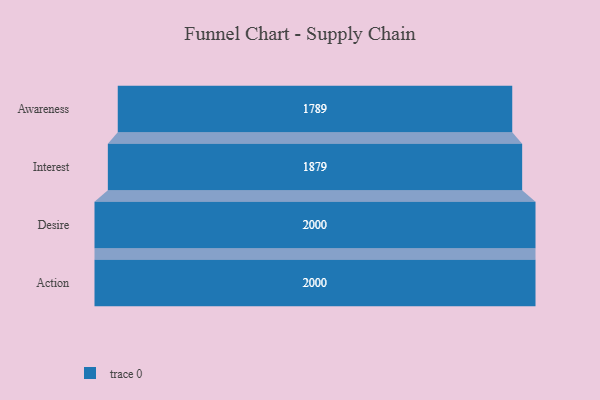
{"axis": {"x": "Stage", "y": "Value"}, "legend": [""], "data": [{"x": "Awareness", "y": 1789.0, "type": ""}, {"x": "Interest", "y": 1879.0, "type": ""}, {"x": "Desire", "y": 2000, "type": ""}, {"x": "Action", "y": 2000, "type": ""}]}